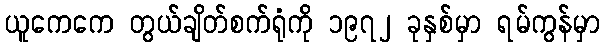
ယူကေကေ တွယ်ချိတ်စက်ရုံကို ၁၉၇၂ ခုနှစ်မှာ ရမ်ကွန်မှာ